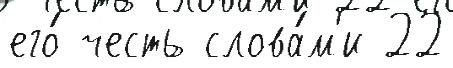
его́ честь слова́м'и 22